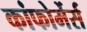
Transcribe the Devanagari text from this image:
कांफोर्मेर्स